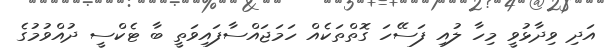
އަދި ވިދާޅުވީ މިހާ ލުއި ފަސޭހަ ގޮތްތަކެއް ހަމަޖައްސާފައިވަތީ ބާ ޓެކްސީ ދުއްވުމުގެ